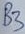
Text: B3